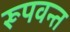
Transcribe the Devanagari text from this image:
रूपवन्त